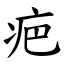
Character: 疤